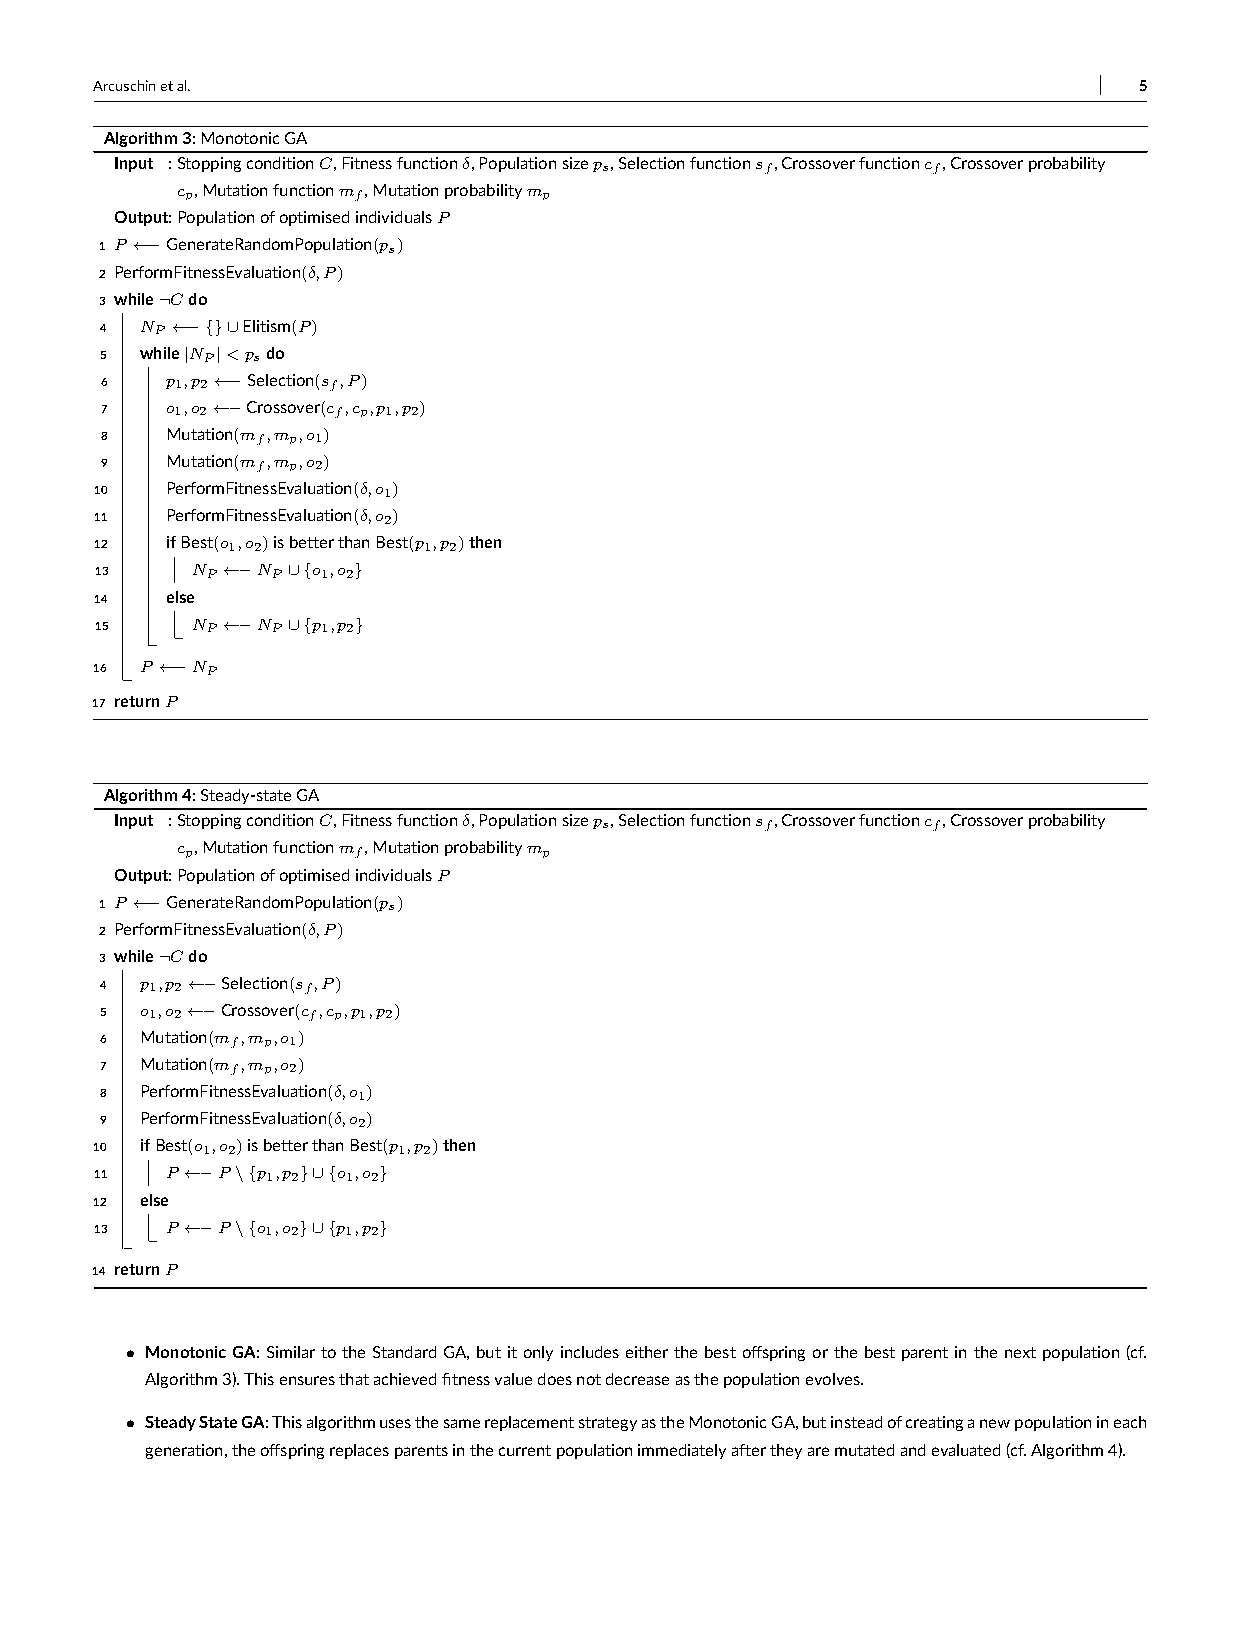
Arcuschinetal.                                                       5
 Algorithm3:MonotonicGA
 Input :StoppingconditionC,Fitnessfunctionδ,Populationsizeps,Selectionfunctions f,Crossoverfunctionc f,Crossoverprobability
 cp,Mutationfunctionm f,Mutationprobabilitymp
 Output:PopulationofoptimisedindividualsP
 1 P ←−GenerateRandomPopulation(ps)
 2 PerformFitnessEvaluation(δ,P)
 3 while¬Cdo
 4 NP ←−{}∪Elitism(P)
 5 while|NP|<psdo
 6   p1,p2←−Selection(s f,P)
 7   o1,o2←−Crossover(c f,cp,p1,p2)
 8   Mutation(m f,mp,o1)
 9   Mutation(m f,mp,o2)
 10   PerformFitnessEvaluation(δ,o1)
 11   PerformFitnessEvaluation(δ,o2)
 12   ifBest(o1,o2)isbetterthanBest(p1,p2)then
 13     NP ←−NP ∪{o1,o2}
 14   else
 15     NP ←−NP ∪{p1,p2}
 16 P ←−NP
 17 returnP
 Algorithm4:Steady-stateGA
 Input :StoppingconditionC,Fitnessfunctionδ,Populationsizeps,Selectionfunctions f,Crossoverfunctionc f,Crossoverprobability
 cp,Mutationfunctionm f,Mutationprobabilitymp
 Output:PopulationofoptimisedindividualsP
 1 P ←−GenerateRandomPopulation(ps)
 2 PerformFitnessEvaluation(δ,P)
 3 while¬Cdo
 4 p1,p2←−Selection(s f,P)
 5 o1,o2←−Crossover(c f,cp,p1,p2)
 6 Mutation(m f,mp,o1)
 7 Mutation(m f,mp,o2)
 8 PerformFitnessEvaluation(δ,o1)
 9 PerformFitnessEvaluation(δ,o2)
 10 ifBest(o1,o2)isbetterthanBest(p1,p2)then
 11   P ←−P \{p1,p2}∪{o1,o2}
 12 else
 13   P ←−P \{o1,o2}∪{p1,p2}
 14 returnP
 • MonotonicGA:SimilartotheStandardGA,butitonlyincludeseitherthebestoffspringorthebestparentinthenextpopulation(cf.
 Algorithm3).Thisensuresthatachievedfitnessvaluedoesnotdecreaseasthepopulationevolves.
 • SteadyStateGA:ThisalgorithmusesthesamereplacementstrategyastheMonotonicGA,butinsteadofcreatinganewpopulationineach
 generation,theoffspringreplacesparentsinthecurrentpopulationimmediatelyaftertheyaremutatedandevaluated(cf.Algorithm4).